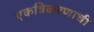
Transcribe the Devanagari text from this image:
एकत्रिकरणाची